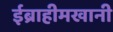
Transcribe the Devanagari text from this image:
ईब्राहीमखानी